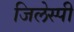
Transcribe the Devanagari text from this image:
जिलेस्पी